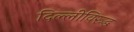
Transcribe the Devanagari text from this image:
दिल्लीविरूद्ध